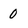
Character: 0